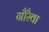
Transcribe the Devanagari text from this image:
गौरैवा